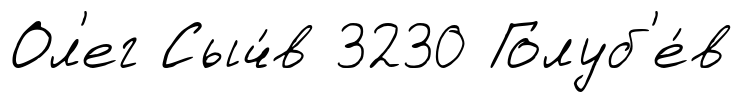
Ол'ег Сыч́в 3230 Голуб'е́в